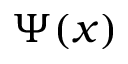
\Psi ( x )